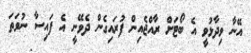
އޭނާ ވިދާޅުވީ އެ ބޯޓަށް ރާއްޖެއިން ފުރައިގެން ދެވޭނީ އެ ފައިސާ ނުވަތަ